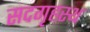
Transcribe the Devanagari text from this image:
सदगृहस्थ